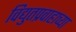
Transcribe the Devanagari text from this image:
विद्युतप्रवाहाच्या